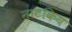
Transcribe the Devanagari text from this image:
नाटकिय